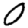
Digit: 0